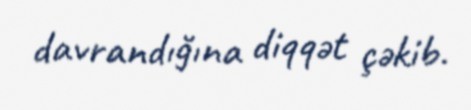
davrandığına diqqət çəkib.